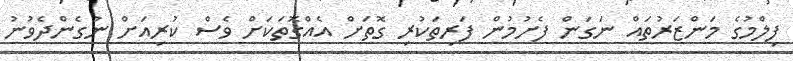
ފިލްމުގެ މަންޒަރުތައް ނަގަން ފެށުމުން ފަރިތަކުރި ގޮތަށް އެއްގޮތަކަށް ވެސް ކުރިއަށް ނުގެންދެވުނު